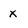
Character: x